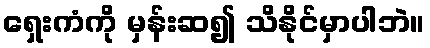
ရှေးကံကို မှန်းဆ၍ သိနိုင်မှာပါဘဲ။